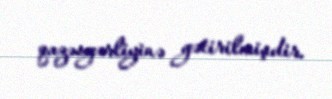
qazəsgərliyinə gətirilmişdir.